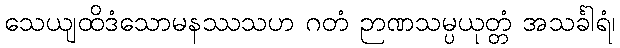
သေယျထိဒံသောမနဿသဟ ဂတံ ဉာဏသမ္ပယုတ္တံ အသင်္ခါရံ၊